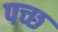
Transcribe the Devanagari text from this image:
पच्छ